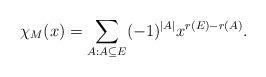
LaTeX: \begin{align*}\chi_M(x)=\sum_{A:A\subseteq E} (-1)^{|A|} x^{r(E)-r(A)}.\end{align*}